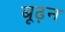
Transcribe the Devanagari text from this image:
बूढ़न